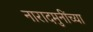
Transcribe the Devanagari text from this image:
नारादमुनींच्या